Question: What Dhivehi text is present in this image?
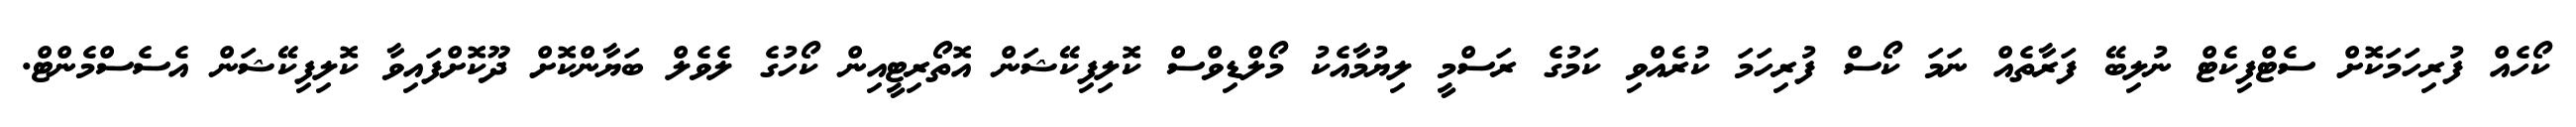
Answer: ކޯހެއް ފުރިހަމަކޮށް ސެޓްފިކެޓް ނުލިބޭ ފަރާތެއް ނަމަ ކޯސް ފުރިހަމަ ކުރެއްވި ކަމުގެ ރަސްމީ ލިޔުމާއެކު މޯލްޑިވްސް ކޮލިފިކޭޝަން އޮތޯރިޓީއިން ކޯހުގެ ލެވެލް ބަޔާންކޮށް ދޫކޮށްފައިވާ ކޮލިފިކޭޝަން އެސެސްމެންޓް.